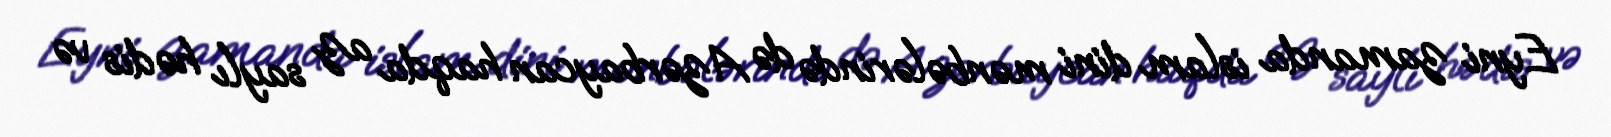
Eyni zamanda islam dini mənbələrində də Azərbaycan haqda az saylı hədis və